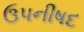
ઉપનીષદ